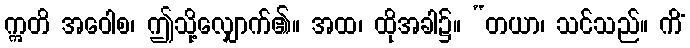
ဣတိ အဝေါစ၊ ဤသို့လျှောက်၏။ အထ၊ ထိုအခါ၌။ “တယာ၊ သင်သည်။ ကိံ